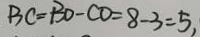
B C = B D - C O = 8 - 3 = 5 ,